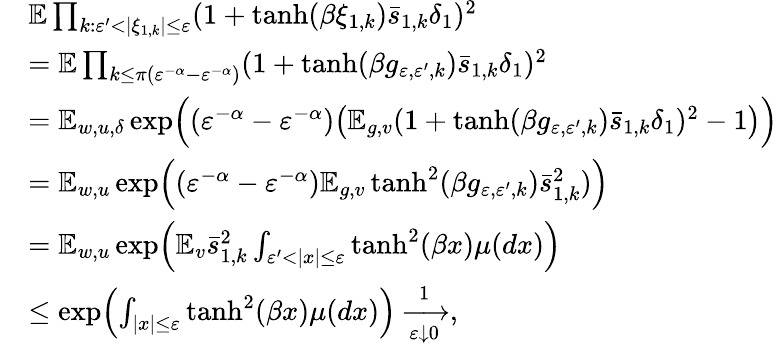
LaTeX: \begin{array}{rl}&{\mathbb E\prod_{k:\varepsilon^{\prime}<|\xi_{1,k}|\le\varepsilon}(1+\operatorname{tanh}(\beta\xi_{1,k})\bar{s}_{1,k}\delta_{1})^{2}}\\ &{=\mathbb E\prod_{k\le\pi(\varepsilon^{-\alpha}-\varepsilon^{-\alpha})}(1+\operatorname{tanh}(\beta g_{\varepsilon,\varepsilon^{\prime},k})\bar{s}_{1,k}\delta_{1})^{2}}\\ &{=\mathbb E_{w,u,\delta}\exp\Bigl((\varepsilon^{-\alpha}-\varepsilon^{-\alpha})\bigl(\mathbb E_{g,v}(1+\operatorname{tanh}(\beta g_{\varepsilon,\varepsilon^{\prime},k})\bar{s}_{1,k}\delta_{1})^{2}-1\bigr)\Bigr)}\\ &{=\mathbb E_{w,u}\exp\Bigl((\varepsilon^{-\alpha}-\varepsilon^{-\alpha})\mathbb E_{g,v}\operatorname{tanh}^{2}(\beta g_{\varepsilon,\varepsilon^{\prime},k})\bar{s}_{1,k}^{2})\Bigr)}\\ &{=\mathbb E_{w,u}\exp\Bigl(\mathbb E_{v}\bar{s}_{1,k}^{2}\int_{\varepsilon^{\prime}<|x|\le\varepsilon}\operatorname{tanh}^{2}(\beta x)\mu(dx)\Bigr)}\\ &{\le\exp\Bigl(\int_{|x|\le\varepsilon}\operatorname{tanh}^{2}(\beta x)\mu(dx)\Bigr)\xrightarrow[\varepsilon\downarrow 0]1,}\end{array}